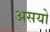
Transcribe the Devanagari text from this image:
असयो